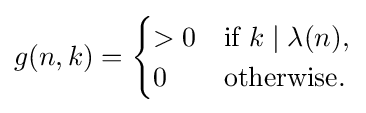
g(n,k)={\begin{cases}>0&{\text{if }}k\mid \lambda (n),\\0&{\text{otherwise}}.\end{cases}}